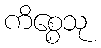
ကိစ္စေသု